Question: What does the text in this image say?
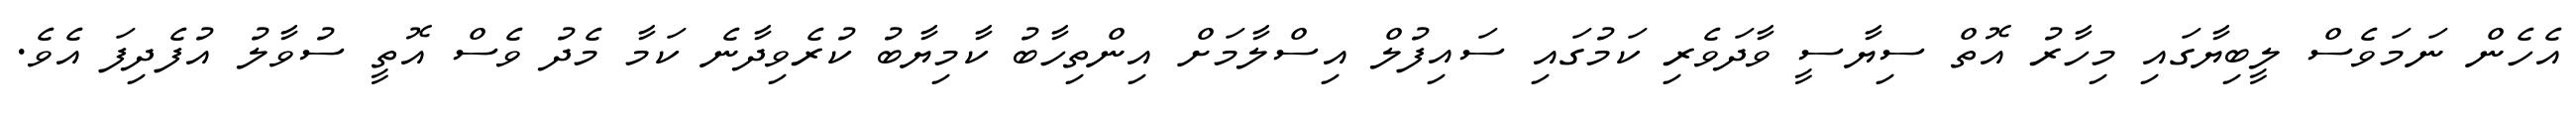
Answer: އެހެން ނަމަވެސް ލީބިޔާގައި މިހާރު އޮތް ސިޔާސީ ވާދަވެރި ކަމުގައި ސައިފުލް އިސްލާމަށް އިންތިހާބު ކާމިޔާބު ކުރެވިދާނެ ކަމާ މެދު ވެސް އޮތީ ސުވާލު އުފެދިފަ އެވެ.